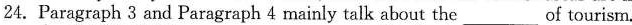
24. Paragraph 3 and Paragraph 4 mainly talk about the ___of tourism.